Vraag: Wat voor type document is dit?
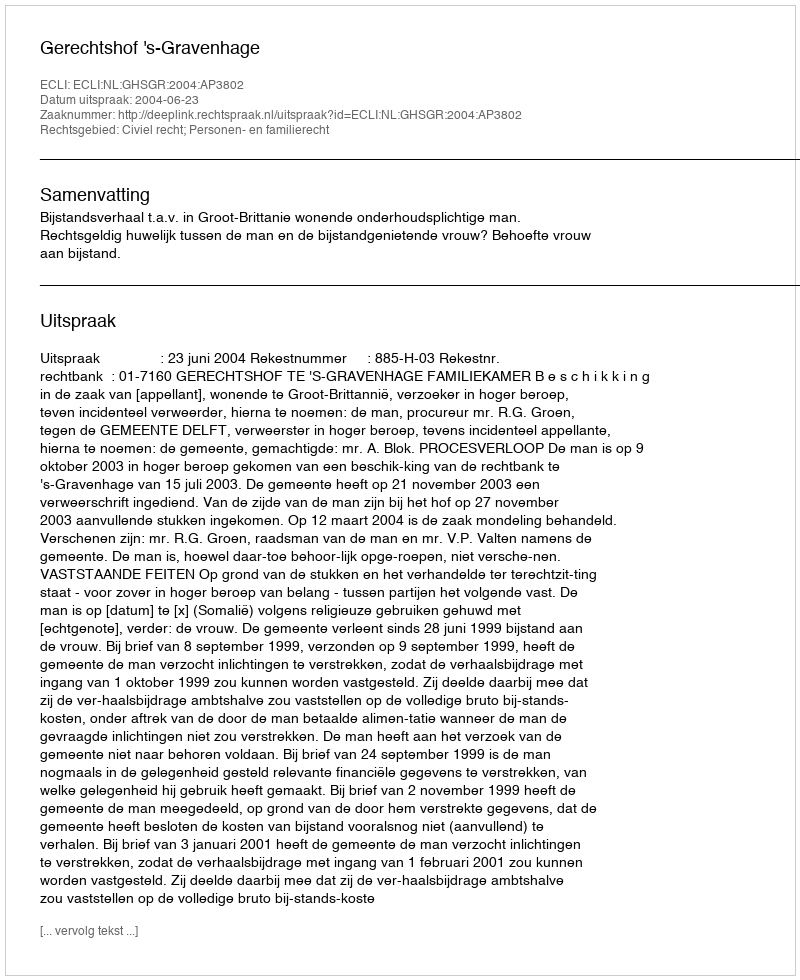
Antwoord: Uitspraak